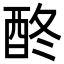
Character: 𨠌